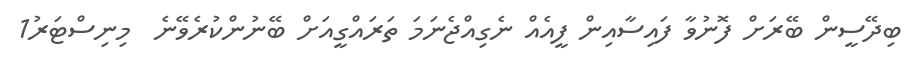
ބިދޭސީން ބޭރަށް ފޮނުވާ ފައިސާއިން ފީއެއް ނެގިއްޖެނަމަ ތަރައްގީއަށް ބޭނުންކުރެވޭނެ  މިނިސްޓަަރު1